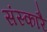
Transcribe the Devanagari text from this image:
संस्कारै